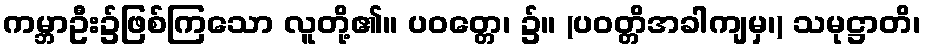
ကမ္ဘာဦး၌ဖြစ်ကြသော လူတို့၏။ ပဝတ္တေ၊ ၌။ (ပဝတ္တိအခါကျမှ၊) သမုဋ္ဌာတိ၊